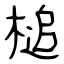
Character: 槌